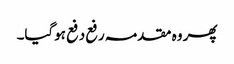
پھر وہ مقدمہ رفع دفع ہوگیا۔